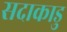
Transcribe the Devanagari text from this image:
सदाकाडु